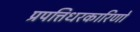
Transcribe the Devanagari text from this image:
प्रपत्तिधरकारिणो